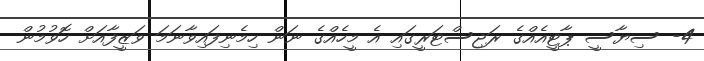
4- ސިޔާސީ ޕާޓީއެއްގެ ރަޖިސްޓަރީގައި އެ މީހެއްގެ ނަން ހިމެނިފައިވާނަމަ ވަޒީފާއަށް ހޮވުމުން